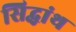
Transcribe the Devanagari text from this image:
सिद्धांथ